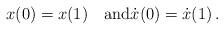
LaTeX: \begin{align*}x(0)=x(1) \quad\mbox{and}\dot{x}(0)=\dot{x}(1)\,.\end{align*}